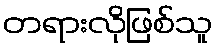
တရားလိုဖြစ်သူ